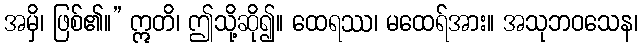
အမှိ၊ ဖြစ်၏။” ဣတိ၊ ဤသို့ဆို၍။ ထေရဿ၊ မထေရ်အား။ အသုဘဝသေန၊